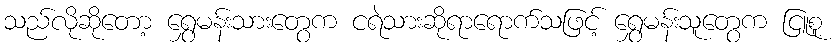
သည်လိုဆိုတော့ ရွှေမန်းသားတွေက ငရဲသားဆိုရာရောက်သဖြင့် ရွှေမန်းသူတွေက ငြူစူ